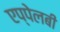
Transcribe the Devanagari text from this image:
एप्पेलबी